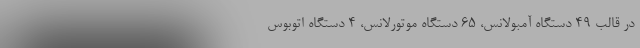
در قالب ۴۹ دستگاه آمبولانس، ۶۵ دستگاه موتورلانس، ۴ دستگاه اتوبوس